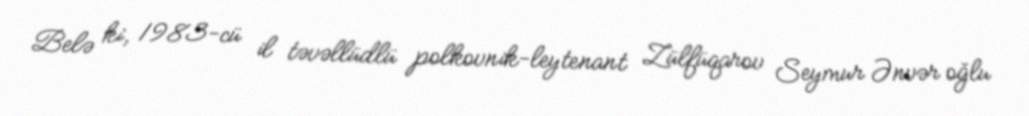
Belə ki, 1983-cü il təvəllüdlü polkovnik-leytenant Zülfüqarov Seymur Ənvər oğlu